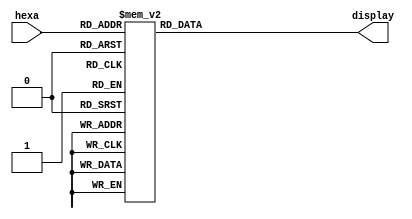


module hexa7seg (hexa, display);
    input      [3:0] hexa;
    output reg [6:0] display;

    /*
     *    ---
     *   | 0 |
     * 5 |   | 1
     *   |   |
     *    ---
     *   | 6 |
     * 4 |   | 2
     *   |   |
     *    ---
     *     3
     */
        
    always @(hexa)
    case (hexa)
        4'h0:    display = 7'b1000000;
        4'h1:    display = 7'b1111001;
        4'h2:    display = 7'b0100100;
        4'h3:    display = 7'b0110000;
        4'h4:    display = 7'b0011001;
        4'h5:    display = 7'b0010010;
        4'h6:    display = 7'b0000010;
        4'h7:    display = 7'b1111000;
        4'h8:    display = 7'b0000000;
        4'h9:    display = 7'b0010000;
        4'ha:    display = 7'b0001000;
        4'hb:    display = 7'b0000011;
        4'hc:    display = 7'b1000110;
        4'hd:    display = 7'b0100001;
        4'he:    display = 7'b0000110;
        4'hf:    display = 7'b0001110;
        default: display = 7'b1111111;
    endcase
endmodule